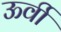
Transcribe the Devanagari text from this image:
ऊर्वी